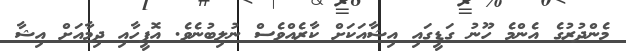
މެންދުރުގެ އެންމެ ހޫނު ގަޑީގައި އިޝާއަކަށް ކާރެއްވެސް ނުލިބުނެވެ. އޮފީހާއި ދިމާއަށް އިޝާ